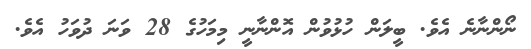
ނޯންނާނެ އެވެ. ބީލަން ހުޅުވުން އޮންނާނީ މިމަހުގެ 28 ވަނަ ދުވަހު އެވެ.